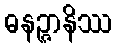
ဓနဉ္ဇာနိဿ